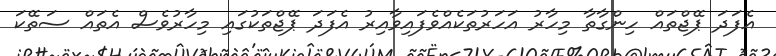
އެފަދަ ޕޭޖްތައް ހިންގާތާ މިހާރު އަހަރުތަކެއްވެފައިވާއިރު އެފަދަ ޕޭޖްތަކުގައި މިހާރުވެސް އެތައް ސަތޭކަ